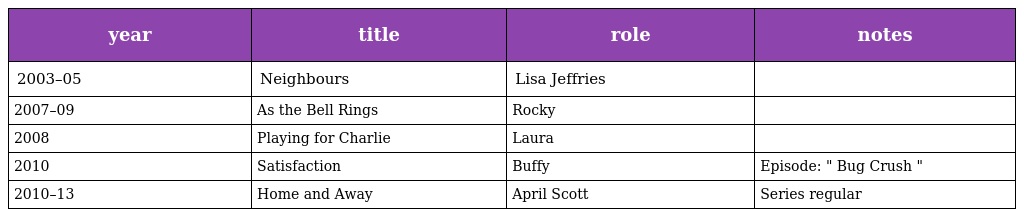
| year | title | role | notes |
 | --- | --- | --- | --- |
 | 2003–05 | Neighbours | Lisa Jeffries |  |
 | 2007–09 | As the Bell Rings | Rocky |  |
 | 2008 | Playing for Charlie | Laura |  |
 | 2010 | Satisfaction | Buffy | Episode: " Bug Crush " |
 | 2010–13 | Home and Away | April Scott | Series regular |